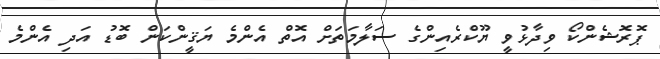
ޕޮރޮޝެންކޯ ވިދާޅުވީ ޔޫކްރެއިންގެ ސަލާމަތަށް އޮތް އެންމެ ޔަޤީންކަން ބޮޑު އަދި އެންމެ